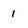
Character: 1